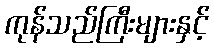
ကုန်သည်ကြီးများနှင့်